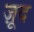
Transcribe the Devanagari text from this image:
ज़ूद